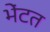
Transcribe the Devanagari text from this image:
भेंटत